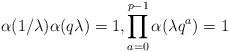
LaTeX: \begin{align*}\alpha (1/\lambda )\alpha (q\lambda )=1,\prod_{a=0}^{p-1}\alpha(\lambda q^{a})=1\end{align*}